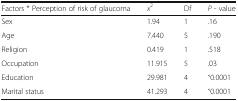
<table><thead><tr><td><b>Factors * Perception of risk of glaucoma</b></td><td><b><i>x</i><sup>2</sup></b></td><td><b>Df</b></td><td><b><i>P</i> - value</b></td></tr></thead><tbody><tr><td>Sex</td><td>1.94</td><td>1</td><td>.16</td></tr><tr><td>Age</td><td>7.440</td><td>5</td><td>.190</td></tr><tr><td>Religion</td><td>0.419</td><td>1</td><td>.518</td></tr><tr><td>Occupation</td><td>11.915</td><td>5</td><td>.03</td></tr><tr><td>Education</td><td>29.981</td><td>4</td><td>˂0.0001</td></tr><tr><td>Marital status</td><td>41.293</td><td>4</td><td>˂0.0001</td></tr></tbody></table>